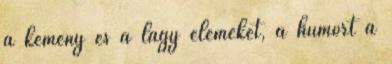
a kemény és a lágy elemeket, a humort a